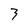
Character: 3